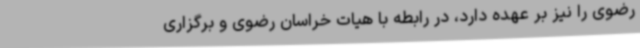
رضوی را نیز بر عهده دارد، در رابطه با هیات خراسان رضوی و برگزاری